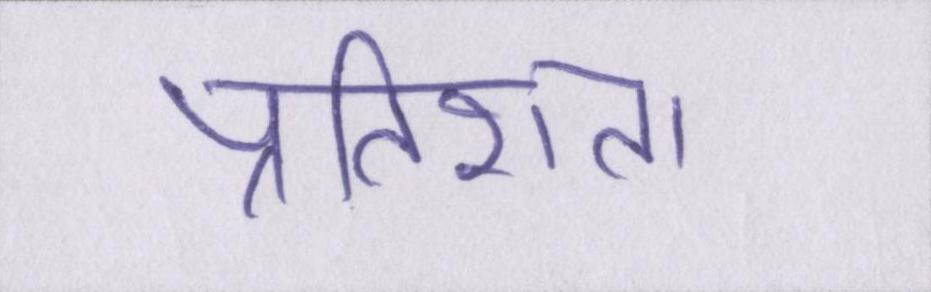
प्रतिशत।